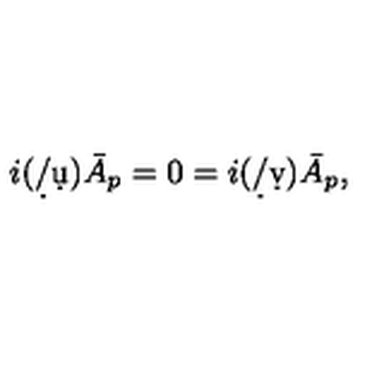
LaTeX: i ( \d / \d u ) \bar { A } _ { p } = 0 = i ( \d / \d v ) \bar { A } _ { p } ,